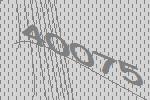
40075